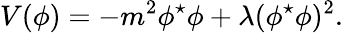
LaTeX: {V({\phi})=-m^{2}{\phi}^{\star}{\phi}+{\lambda}({\phi}^{\star}{\phi})^{2}.}